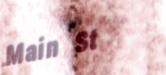
Main St